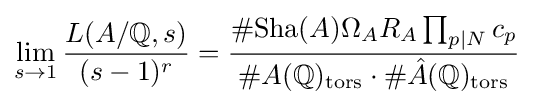
\lim _{s\to 1}{\frac {L(A/\mathbb {Q} ,s)}{(s-1)^{r}}}={\frac {\#\mathrm {Sha} (A)\Omega _{A}R_{A}\prod _{p|N}c_{p}}{\#A(\mathbb {Q} )_{\text{tors}}\cdot \#{\hat {A}}(\mathbb {Q} )_{\text{tors}}}}